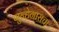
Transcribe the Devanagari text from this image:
गुन्हेगाराचा